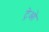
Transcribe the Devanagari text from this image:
ट्रेओ